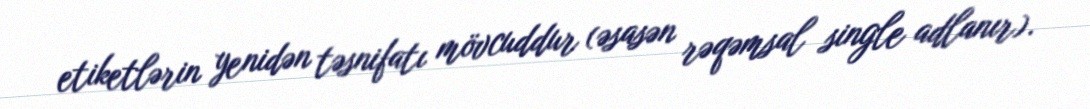
etiketlərin yenidən təsnifatı mövcuddur (əsasən rəqəmsal single adlanır).